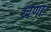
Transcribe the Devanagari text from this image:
खणा